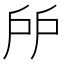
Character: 𢨯